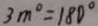
3 m ^ { \circ } = 1 8 0 ^ { \circ }